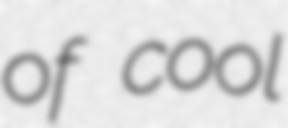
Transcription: of cool